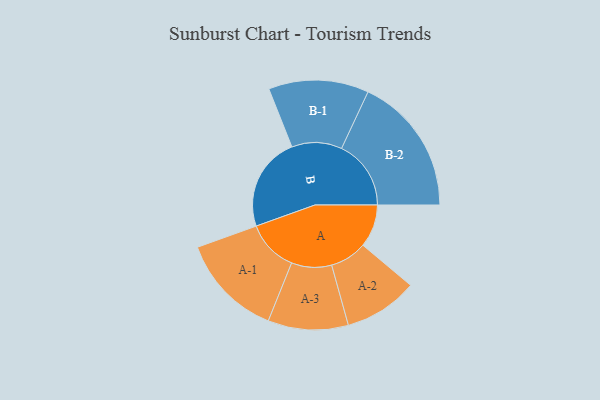
{"axis": {"x": "Segment", "y": "Value"}, "legend": ["", "A", "B"], "data": [{"x": "A", "y": 159, "type": ""}, {"x": "B", "y": 350, "type": ""}, {"x": "A-1", "y": 192, "type": "A"}, {"x": "A-2", "y": 137, "type": "A"}, {"x": "A-3", "y": 149, "type": "A"}, {"x": "B-1", "y": 186, "type": "B"}, {"x": "B-2", "y": 258, "type": "B"}]}